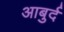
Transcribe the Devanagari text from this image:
आबुर्द